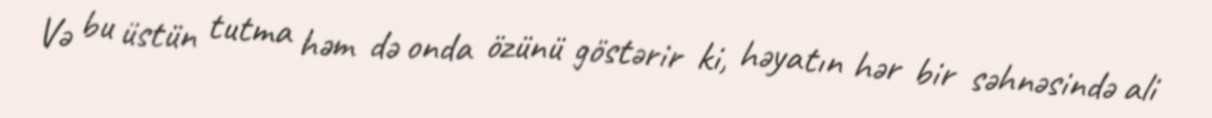
Və bu üstün tutma həm də onda özünü göstərir ki, həyatın hər bir səhnəsində ali